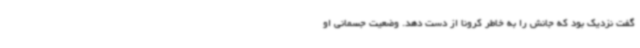
گفت نزدیک بود که جانش را به خاطر کرونا از دست دهد. وضعیت جسمانی او